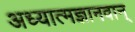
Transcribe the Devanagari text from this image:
अध्यात्मज्ञानवान्